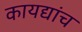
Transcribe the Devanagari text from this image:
कायद्यांच